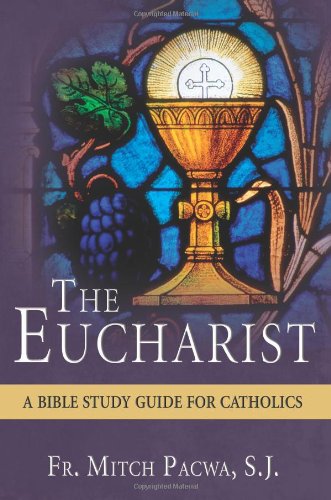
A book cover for The Eucharist: A Bible Study Guide for Catholics; Mitch Pacwa; Christian Books & Bibles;